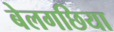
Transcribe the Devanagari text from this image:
बेलगछिया